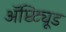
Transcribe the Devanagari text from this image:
ॲप्टिट्यूड